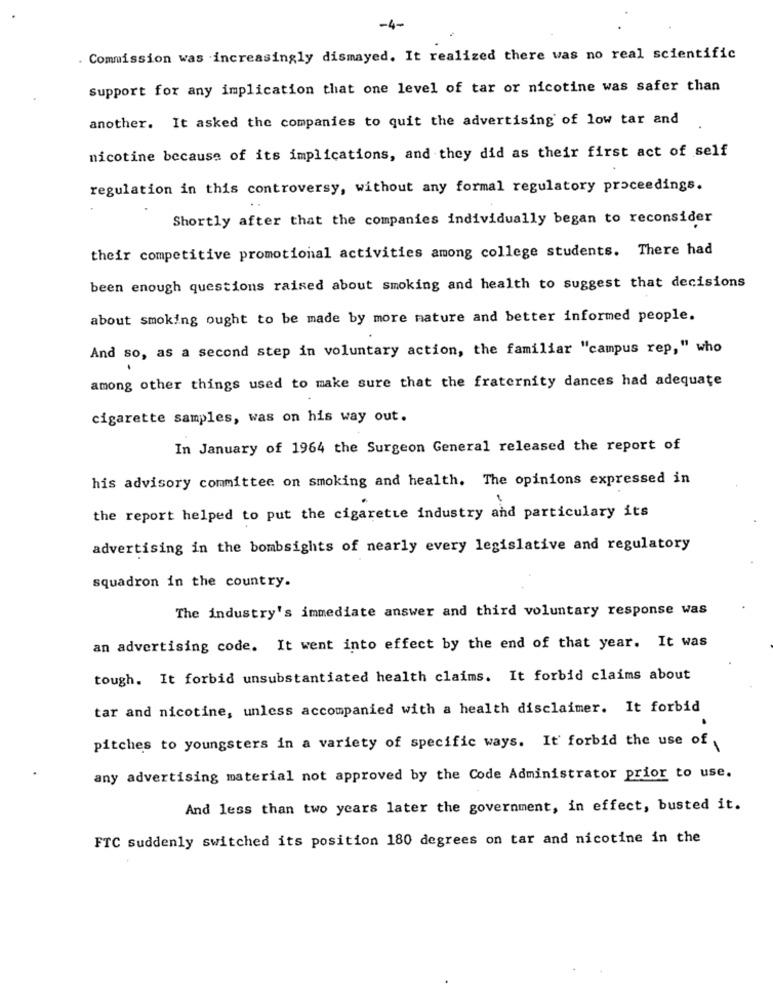
-4-
Commission was increasingly dismayed. It realized there was no real scientific
Support for any implication that one level of tar or nicotine was safer than
another. It asked the companies to quit the advertising of low tar and
nicotine because of its implications, and they did as their first act of self
regulation in this controversy, without any formal regulatory proceedings.
Shortly after that the companies individually began to reconsider
their competitive promotional activities among college students. There had
been enough questions raised about smoking and health to suggest that decisions
about smoking ought to be made by more mature and better informed people.
And so, as a second step in voluntary action, the familiar "campus rep," who
among other things used to make sure that the fraternity dances had adequate
cigarette samples, was on his way out.
In January of 1964 the Surgeon General released the report of
his advisory committee on smoking and health. The opinions expressed in
the report helped to put the cigarette industry and particulary its
advertising in the bombsights of nearly every legislative and regulatory
squadron in the country.
The industry's immediate answer and third voluntary response was
an advertising code. It went into effect by the end of that year. It was
tough. It forbid unsubstantiated health claims. It forbid claims about
tar and nicotine, unless accompanied with a health disclaimer. It forbid
pitches to youngsters in a variety of specific ways. It forbid the use of
any advertising material not approved by the Code Administrator prior to use.
And less than two years later the government, in effect, busted it.
FTC Suddenly switched its position 180 degrees on tar and nicotine in the